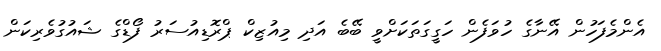
އެންމެފަހުން އޭނާގެ ހުވަފެން ހަގީގަތަކަށްވީ ބޭބެ އަދި މިއުޒިކް ޕްރޮޑިއުސަރު ފޯޑްގެ ޝައުގުވެރިކަން